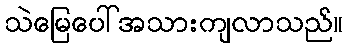
သဲမြေပေါ်အသားကျလာသည်။